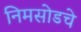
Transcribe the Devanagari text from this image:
निमसोडचे